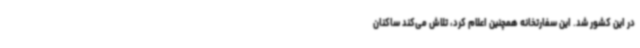
در این کشور شد. این سفارتخانه همچنین اعلام کرد، تلاش می‌کند ساکنان